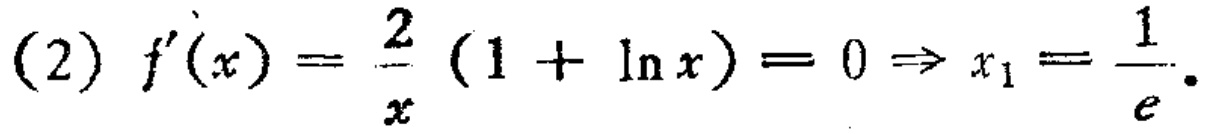
(2) \(f^{\prime}(x)=\frac{2}{x}(1 + \ln x)=0\Rightarrow x_{1}=\frac{1}{e}\).